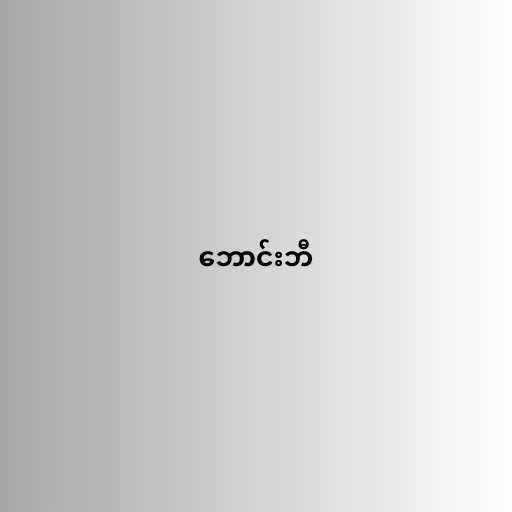
ဘောင်းဘီ